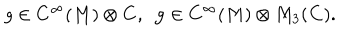
LaTeX: g \in C ^ { \infty } ( M ) \otimes { \bf C } , ~ ~ { \bf g } \in C ^ { \infty } ( M ) \otimes M _ { 3 } ( { \bf C } ) .